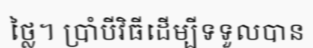
ថ្លៃ។ ប្រាំបីវិធីដើម្បីទទួលបាន